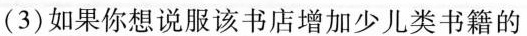
(3)如果你想说服该书店增加少儿类书籍的